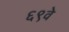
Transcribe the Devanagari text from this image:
६९वे